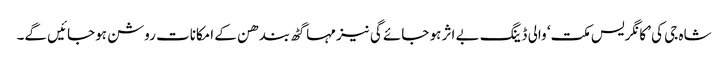
شاہ جی کی ’کانگریس مکت‘ والی ڈینگ بے اثر ہو جائے گی نیز مہاگٹھ بندھن کے امکانات روشن ہوجائیں گے۔